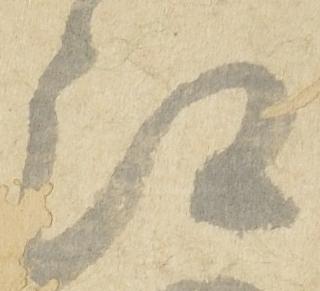
江